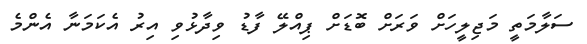
ސަލާމަތީ މަޖިލީހަށް ވަރަށް ބޮޑަށް ޕިއްލޭ ފާޑު ވިދާޅުވި އިރު އެކަމަނާ އެންމެ